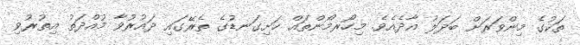
ތަކުގެ މިންވަރަށް ބަދަލު އާދެއެވެ. މިހޯރމޯންތައް ހަށިގަނޑުގެ ތެރޭގައި ދައުރުވާ މުއްދަތު އިތުރުވި